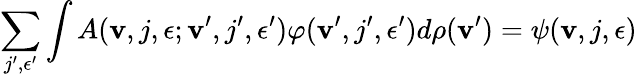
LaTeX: \sum_{j^{\prime},\epsilon^{\prime}}\int A({\mathbf v},j,\epsilon;{\mathbf v}^{\prime},j^{\prime},\epsilon^{\prime})\varphi({\mathbf v}^{\prime},j^{\prime},\epsilon^{\prime})d\rho({\mathbf v}^{\prime})=\psi({\mathbf v},j,\epsilon)